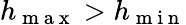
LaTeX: h_{\mathrm{~m~a~x~}}>h_{\mathrm{~m~i~n~}}